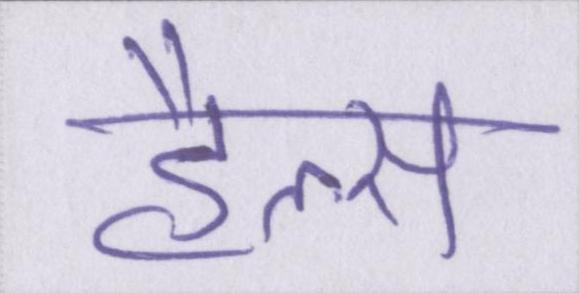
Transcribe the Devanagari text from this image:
हैल्स